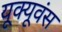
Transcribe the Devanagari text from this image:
यूक्यूवंस